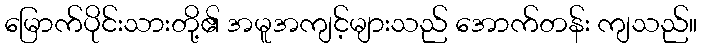
မြောက်ပိုင်းသားတို့၏ အမူအကျင့်များသည် အောက်တန်း ကျသည်။